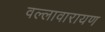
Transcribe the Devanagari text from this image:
वल्लावारायण